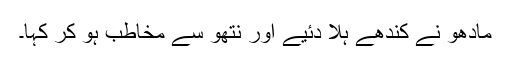
مادھو نے کندھے ہلا دئیے اور نتھو سے مخاطب ہو کر کہا۔